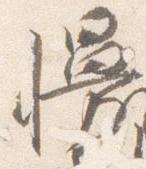
幔